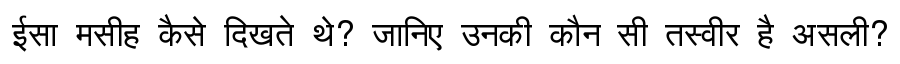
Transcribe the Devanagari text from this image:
ईसा मसीह कैसे दिखते थे? जानिए उनकी कौन सी तस्वीर है असली?